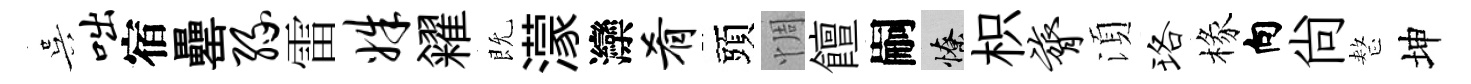
吴咄宿罍缘雷姝糴既濛灤肴頭惆饘嗣憭枳膂湏珞椽向尙整坤